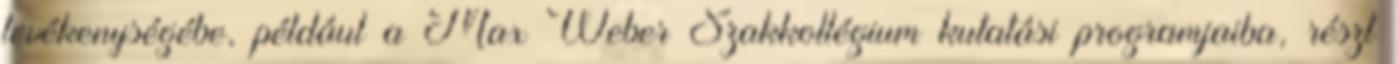
tevékenységébe, például a Max Weber Szakkollégium kutatási programjaiba, részt